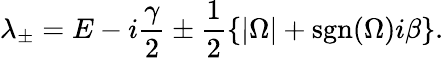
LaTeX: \lambda_{\pm}=E-i\frac{\gamma}{2}\pm\frac{1}{2}\left\{ |\Omega|+\textrm{sgn}(\Omega)i\beta\right\} .